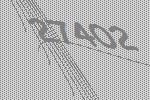
27402